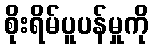
စိုးရိမ်ပူပန်မှုကို